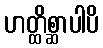
ဟတ္ထိစ္ဆာပါပိ